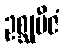
ဥစ္ဆုဗီဇံ